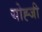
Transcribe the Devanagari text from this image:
योह्जी